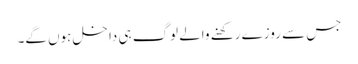
جس سے روزے رکھنے والے لوگ ہی داخل ہوں گے۔